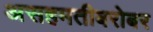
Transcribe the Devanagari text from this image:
असहमतीबरोबर